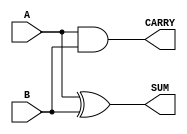
module Parameterized_Half_Adder #(
    parameter WIDTH = 1  // Default width is 1
)(
    input  wire [WIDTH-1:0] A,  // First operand
    input  wire [WIDTH-1:0] B,  // Second operand
    output wire [WIDTH-1:0] SUM, // Sum output
    output wire CARRY            // Carry output
);

    // Calculate the SUM as the bitwise XOR of A and B
    assign SUM = A ^ B;

    // Calculate the CARRY as the bitwise AND of A and B
    assign CARRY = |(A & B); // OR reduction to determine if any carry occurs

endmodule